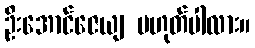
ဦးအောင်ဇေယျ မဟုတ်ပါလား။